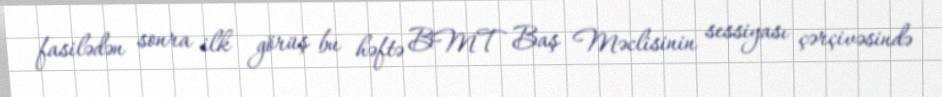
fasilədən sonra ilk görüş bu həftə BMT Baş Məclisinin sessiyası çərçivəsində